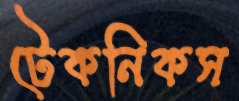
টেকনিকস